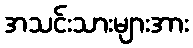
အသင်းသားများအား